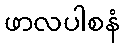
ဖာလပါစနံ